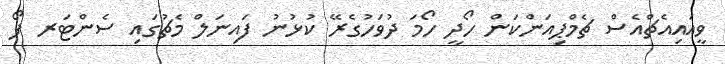
ވީއައިއެޗްއެސް ޗެމްޕިއަންކަން ހޯދީ ހޯމަ ދުވަހުގެރޭ ކުޅުނު ފައިނަލް މެޗުގައި ސެންޓަރ ފޯ